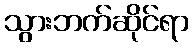
သွားဘက်ဆိုင်ရာ